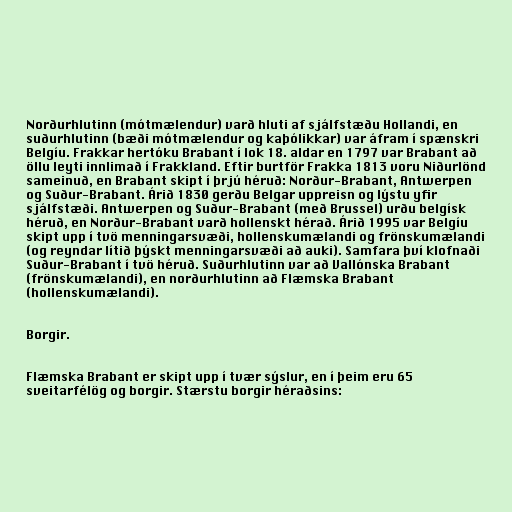
Norðurhlutinn (mótmælendur) varð hluti af sjálfstæðu Hollandi, en
suðurhlutinn (bæði mótmælendur og kaþólikkar) var áfram í spænskri
Belgíu. Frakkar hertóku Brabant í lok 18. aldar en 1797 var Brabant að
öllu leyti innlimað í Frakkland. Eftir burtför Frakka 1813 voru Niðurlönd
sameinuð, en Brabant skipt í þrjú héruð: Norður-Brabant, Antwerpen
og Suður-Brabant. Árið 1830 gerðu Belgar uppreisn og lýstu yfir
sjálfstæði. Antwerpen og Suður-Brabant (með Brussel) urðu belgísk
héruð, en Norður-Brabant varð hollenskt hérað. Árið 1995 var Belgíu
skipt upp í tvö menningarsvæði, hollenskumælandi og frönskumælandi
(og reyndar lítið þýskt menningarsvæði að auki). Samfara því klofnaði
Suður-Brabant í tvö héruð. Suðurhlutinn var að Vallónska Brabant
(frönskumælandi), en norðurhlutinn að Flæmska Brabant
(hollenskumælandi).

Borgir.

Flæmska Brabant er skipt upp í tvær sýslur, en í þeim eru 65
sveitarfélög og borgir. Stærstu borgir héraðsins: